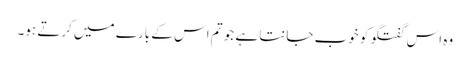
وہ اس گفتگو کو خوب جانتا ہے جو تم اس کے بارے میں کرتے ہو۔